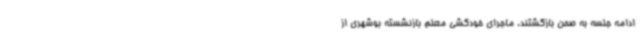
ادامه جلسه به صحن بازگشتند. ماجرای خودکشی معلم بازنشسته بوشهری از